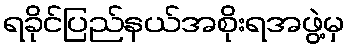
ရခိုင်ပြည်နယ်အစိုးရအဖွဲ့မှ